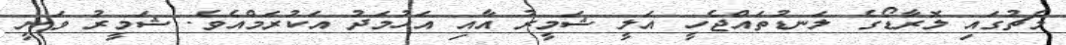
މެޗުގައި ލޮރާޑޯގެ ލަނޑުތައްޖެހީ އަލީ ޝަމީރު އާއި އަހުމަދު އަކުރަމްއެވެ. ޝަމީރު ވަނީ